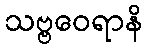
သဗ္ဗဝေရာနိ